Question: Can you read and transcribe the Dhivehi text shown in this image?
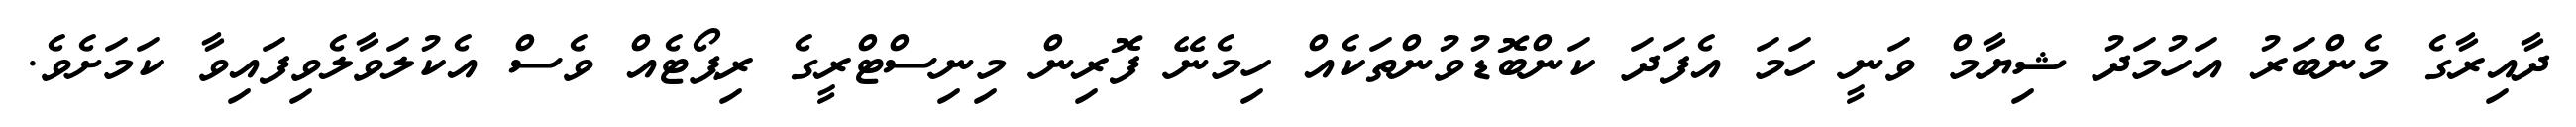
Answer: ދާއިރާގެ މެންބަރު އަހުމަދު ޝިޔާމް ވަނީ ހަމަ އެފަދަ ކަންބޮޑުވުންތަކެއް ހިމެނޭ ފޮރިން މިނިސްޓްރީގެ ރިޕޯޓެއް ވެސް އެކުލަވާލެވިފައިވާ ކަމަށެވެ.